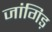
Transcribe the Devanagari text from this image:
जांगिड़